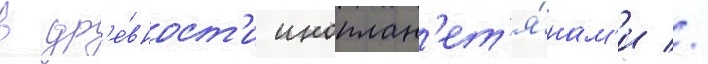
в др'е́вност'и иноплан'ет'я́нам'и //